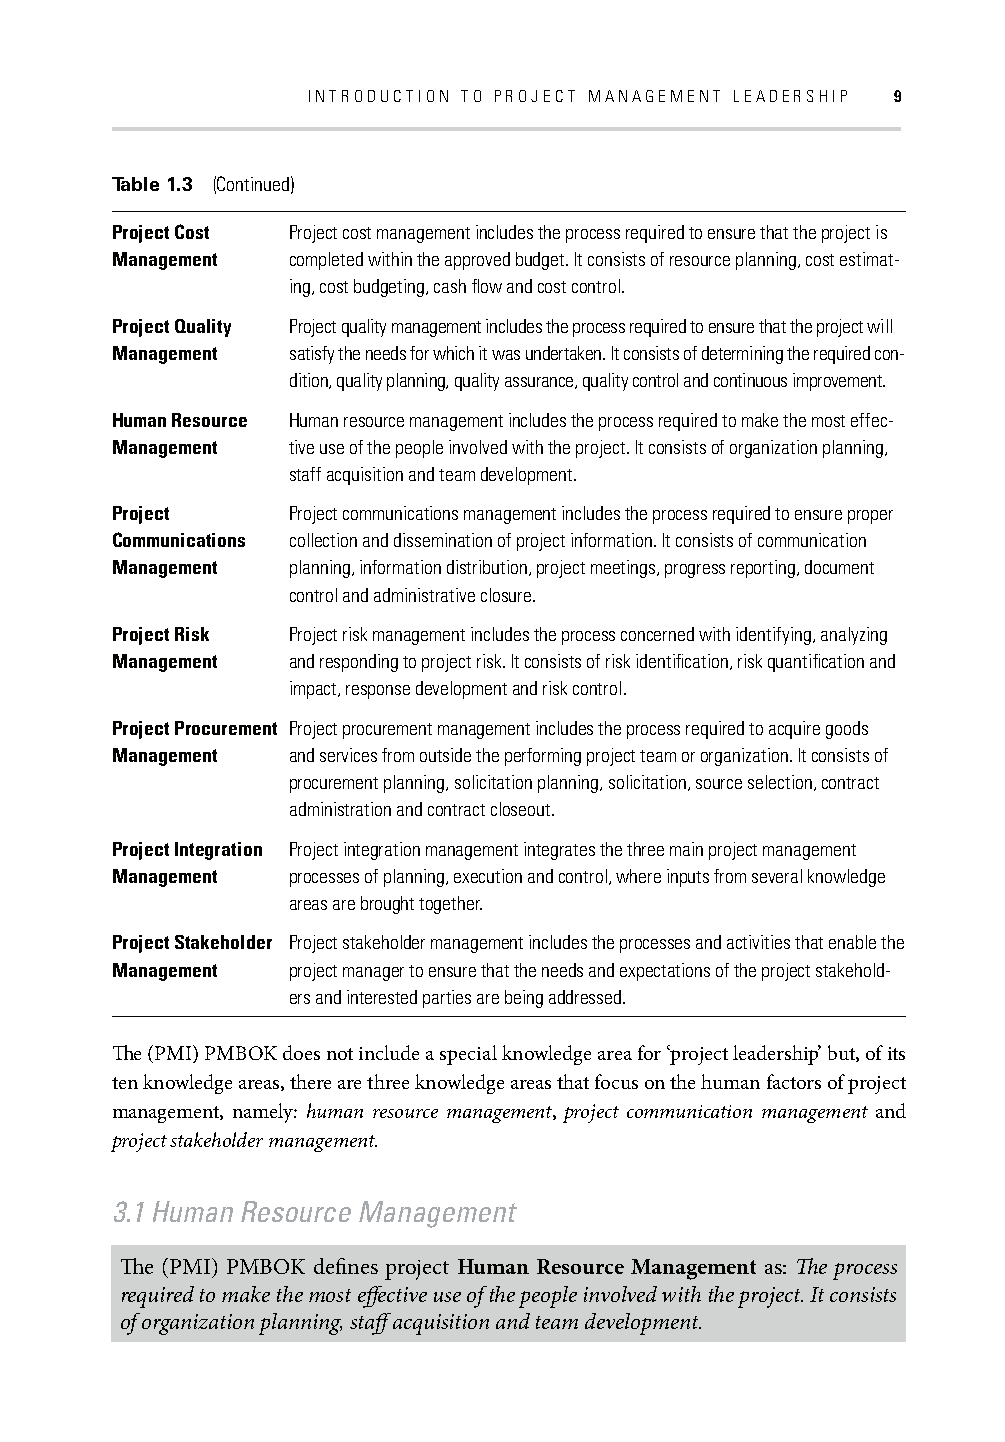
INTRODUCTION TO PROJECT MANAGEMENT LEADERSHIP 9
 Table 1.3 (Continued)
 Project Cost Project cost management includes the process required to ensure that the project is
 Management  completed within the approved budget. It consists of resource planning, cost estimat-
 ing, cost budgeting, cash fl ow and cost control.
 Project Quality Project quality management includes the process required to ensure that the project will
 Management  satisfy the needs for which it was undertaken. It consists of determining the required con-
 dition, quality planning, quality assurance, quality control and continuous improvement.
 Human Resource Human resource management includes the process required to make the most effec-
 Management  tive use of the people involved with the project. It consists of organization planning,
 staff acquisition and team development.
 Project     Project communications management includes the process required to ensure proper
 Communications collection and dissemination of project information. It consists of communication
 Management  planning, information distribution, project meetings, progress reporting, document
 control and administrative closure.
 Project Risk Project risk management includes the process concerned with identifying, analyzing
 Management  and responding to project risk. It consists of risk identifi cation, risk quantifi cation and
 impact, response development and risk control.
 Project Procurement Project procurement management includes the process required to acquire goods
 Management  and services from outside the performing project team or organization. It consists of
 procurement planning, solicitation planning, solicitation, source selection, contract
 administration and contract closeout.
 Project Integration Project integration management integrates the three main project management
 Management  processes of planning, execution and control, where inputs from several knowledge
 areas are brought together.
 Project Stakeholder Project stakeholder management includes the processes and activities that enable the
 Management  project manager to ensure that the needs and expectations of the project stakehold-
 ers and interested parties are being addressed.
 Th e (PMI) PMBOK does not include a special knowledge area for ‘project leadership’ but, of its
 ten knowledge areas, there are three knowledge areas that focus on the human factors of project
 management, namely: human resource management, project communication management and
 project stakeholder management.
 3.1 Human Resource Management
 Th e (PMI) PMBOK defi nes project Human Resource Management as: Th e process
 required to make the most eff ective use of the people involved with the project. It consists
 of organization planning, staff acquisition and team development.